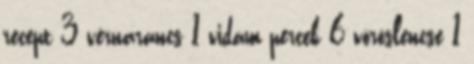
recept 3 vérnarancs 1 vidám percek 6 vöröslencse 1